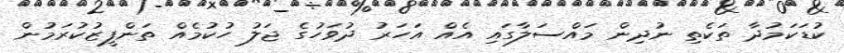
ކުޑަކަމުދާ ތަކެތި ނުދިން މައްސަލާގައި އެއް އަހަރު ދުވަހުގެ ޖަލު ހުކުމެއް ތަންފީޒުކުރަމުން